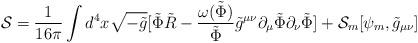
LaTeX: \begin{align*} {\cal{S}} = \frac{1}{16 \pi} \int d^4 x \sqrt{-\tilde{g}} [ \tilde{\Phi} \tilde{R} - \frac{\omega(\tilde{\Phi})}{\tilde{\Phi}}\tilde{g} ^{\mu \nu} \partial _{\mu} \tilde{\Phi} \partial _{\nu} \tilde{\Phi} ] + {\cal{S}} _{m} [\psi _m, \tilde{g} _{\mu \nu}]\end{align*}